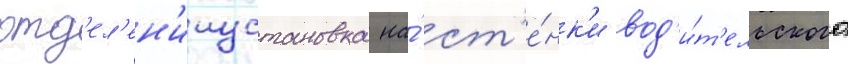
отд'ел'ен'ииустановка на́ ст'е́нк'и вод'и́т'ельского